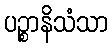
ပဉ္စာနိသံသာ